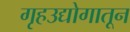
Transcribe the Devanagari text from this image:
गृहउद्योगातून